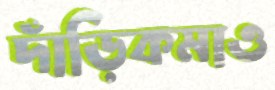
দাঁড়িকমাও